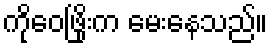
ကိုဝေဖြိုးက မေးနေသည်။